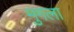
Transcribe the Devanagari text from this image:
मुगला